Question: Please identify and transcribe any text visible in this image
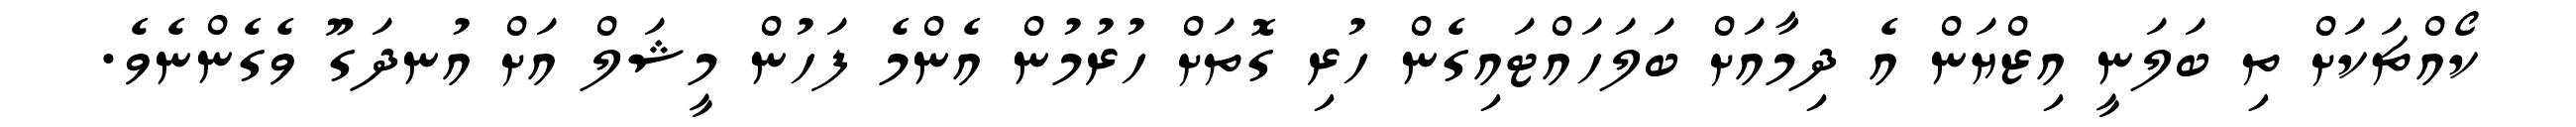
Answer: ކޯއްޗަކަށް ތި ބަލަނީ އިޒްޔަން އެ ދިމާއަށް ބަލަހައްޓައިގެން ހުރި ގޮތަށް ހުރުމުން އެންމެ ފަހުން މީޝަލް އަށް އުނދަގޫ ވެގެންނެވެ.